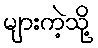
များကဲ့သို့